Vaccination in Bombay 1874-1876 - 1874-1876
Year: 1874
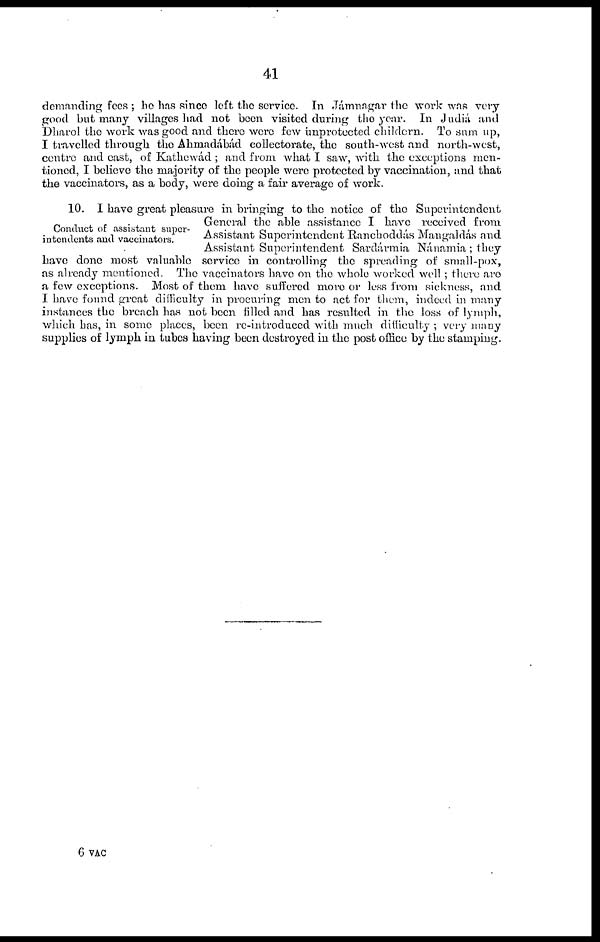
41
demanding fees ; he has since left the service. In Jámnagar the work was very
good but many villages had not been visited during the year. In Judiá and
Dharol the work was good and there were few unprotected childern. To sum up,
I travelled through the Ahmadábád collectorate, the south-west and north-west,
centre and cast, of Kathewád; and from what I saw, with the exceptions men-
tioned, I believe the majority of the people were protected by vaccination, and that
the vaccinators, as a body, were doing a fair average of work.
Conduct of assistant super-
intendents and vaccinators.
10. I have great pleasure in bringing to the notice of the Superintendent
General the able assistance I have received from
Assistant Superintendent Rancboddás Mangaldás and
Assistant Superintendent Sardármia Nánamia ; they
have done most valuable service in controlling the spreading of small-pox,
as already mentioned. The vaccinators have on the whole worked well ; there are
a few exceptions. Most of them have suffered more or less from sickness, and
I have found great difficulty in procuring men to act for them, indeed in many
instances the breach has not been filled and has resulted in the loss of lymph,
which has, in some places, been re-introduced with much difficulty ; very many
supplies of lymph in tubes having been destroyed in the post office by the stamping.
6 VAC